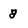
Character: 8